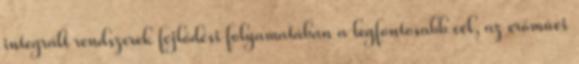
integrált rendszerek fejlődési folyamatában a legfontosabb cél, az erőművi